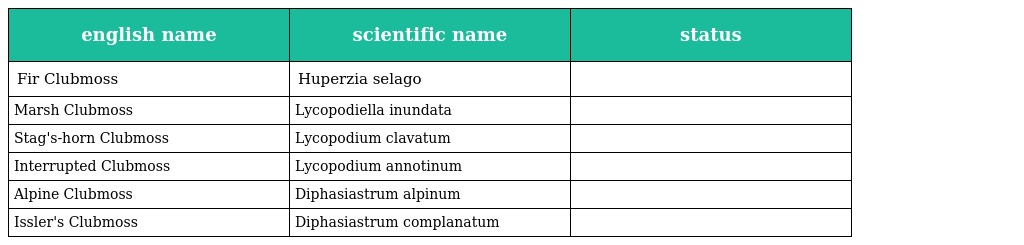
| english name | scientific name | status |
 | --- | --- | --- |
 | Fir Clubmoss | Huperzia selago |  |
 | Marsh Clubmoss | Lycopodiella inundata |  |
 | Stag's-horn Clubmoss | Lycopodium clavatum |  |
 | Interrupted Clubmoss | Lycopodium annotinum |  |
 | Alpine Clubmoss | Diphasiastrum alpinum |  |
 | Issler's Clubmoss | Diphasiastrum complanatum |  |